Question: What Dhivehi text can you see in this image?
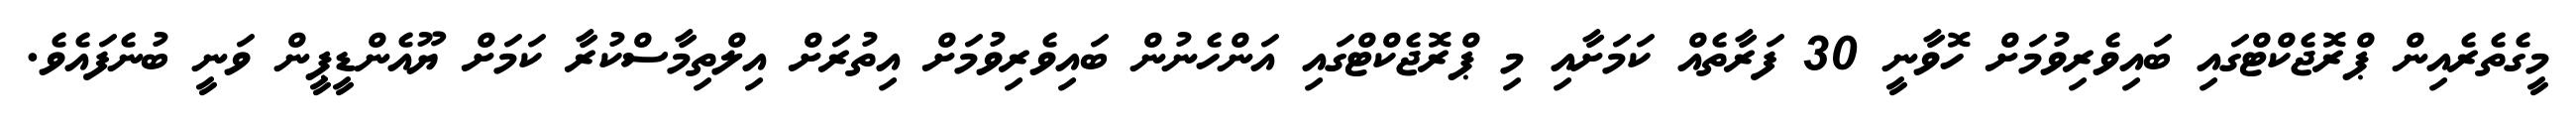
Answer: މީގެތެރެއިން ޕްރޮޖެކްޓްގައި ބައިވެރިވުމަށް ހޮވާނީ 30 ފަރާތެއް ކަމަށާއި މި ޕްރޮޖެކްޓްގައި އަންހެނުން ބައިވެރިވުމަށް އިތުރަށް އިލްތިމާސްކުރާ ކަމަށް ޔޫއެންޑީޕީން ވަނީ ބުނެފައެވެ.